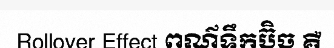
Rollover Effect ពណ៌ទឹកប៊ិច គឺ